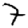
Digit: 7